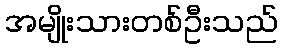
အမျိုးသားတစ်ဦးသည်